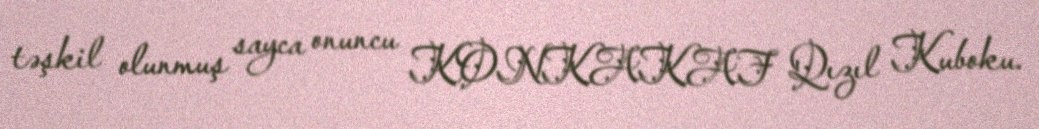
təşkil olunmuş sayca onuncu KONKAKAF Qızıl Kuboku.